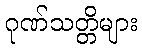
ဂုဏ်သတ္တိများ